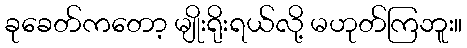
ခုခေတ်ကတော့ မျိုးရိုးရယ်လို့ မဟုတ်ကြဘူး။